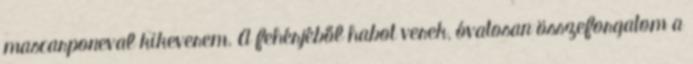
mascarponeval kikeverem. A fehérjéből habot verek, óvatosan összeforgatom a